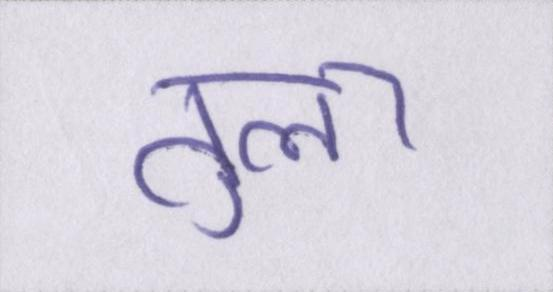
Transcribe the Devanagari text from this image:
तुला